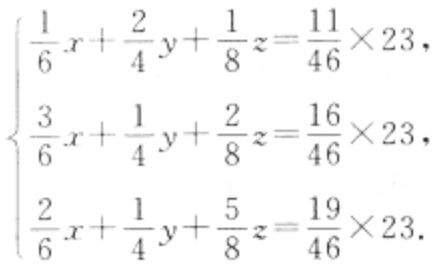
\[\begin{cases}
\frac{1}{6}x + \frac{2}{4}y + \frac{1}{8}z = \frac{11}{46} \times 23,\\
\frac{3}{6}x + \frac{1}{4}y + \frac{2}{8}z = \frac{16}{46} \times 23,\\
\frac{2}{6}x + \frac{1}{4}y + \frac{5}{8}z = \frac{19}{46} \times 23.
\end{cases}\]